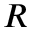
R